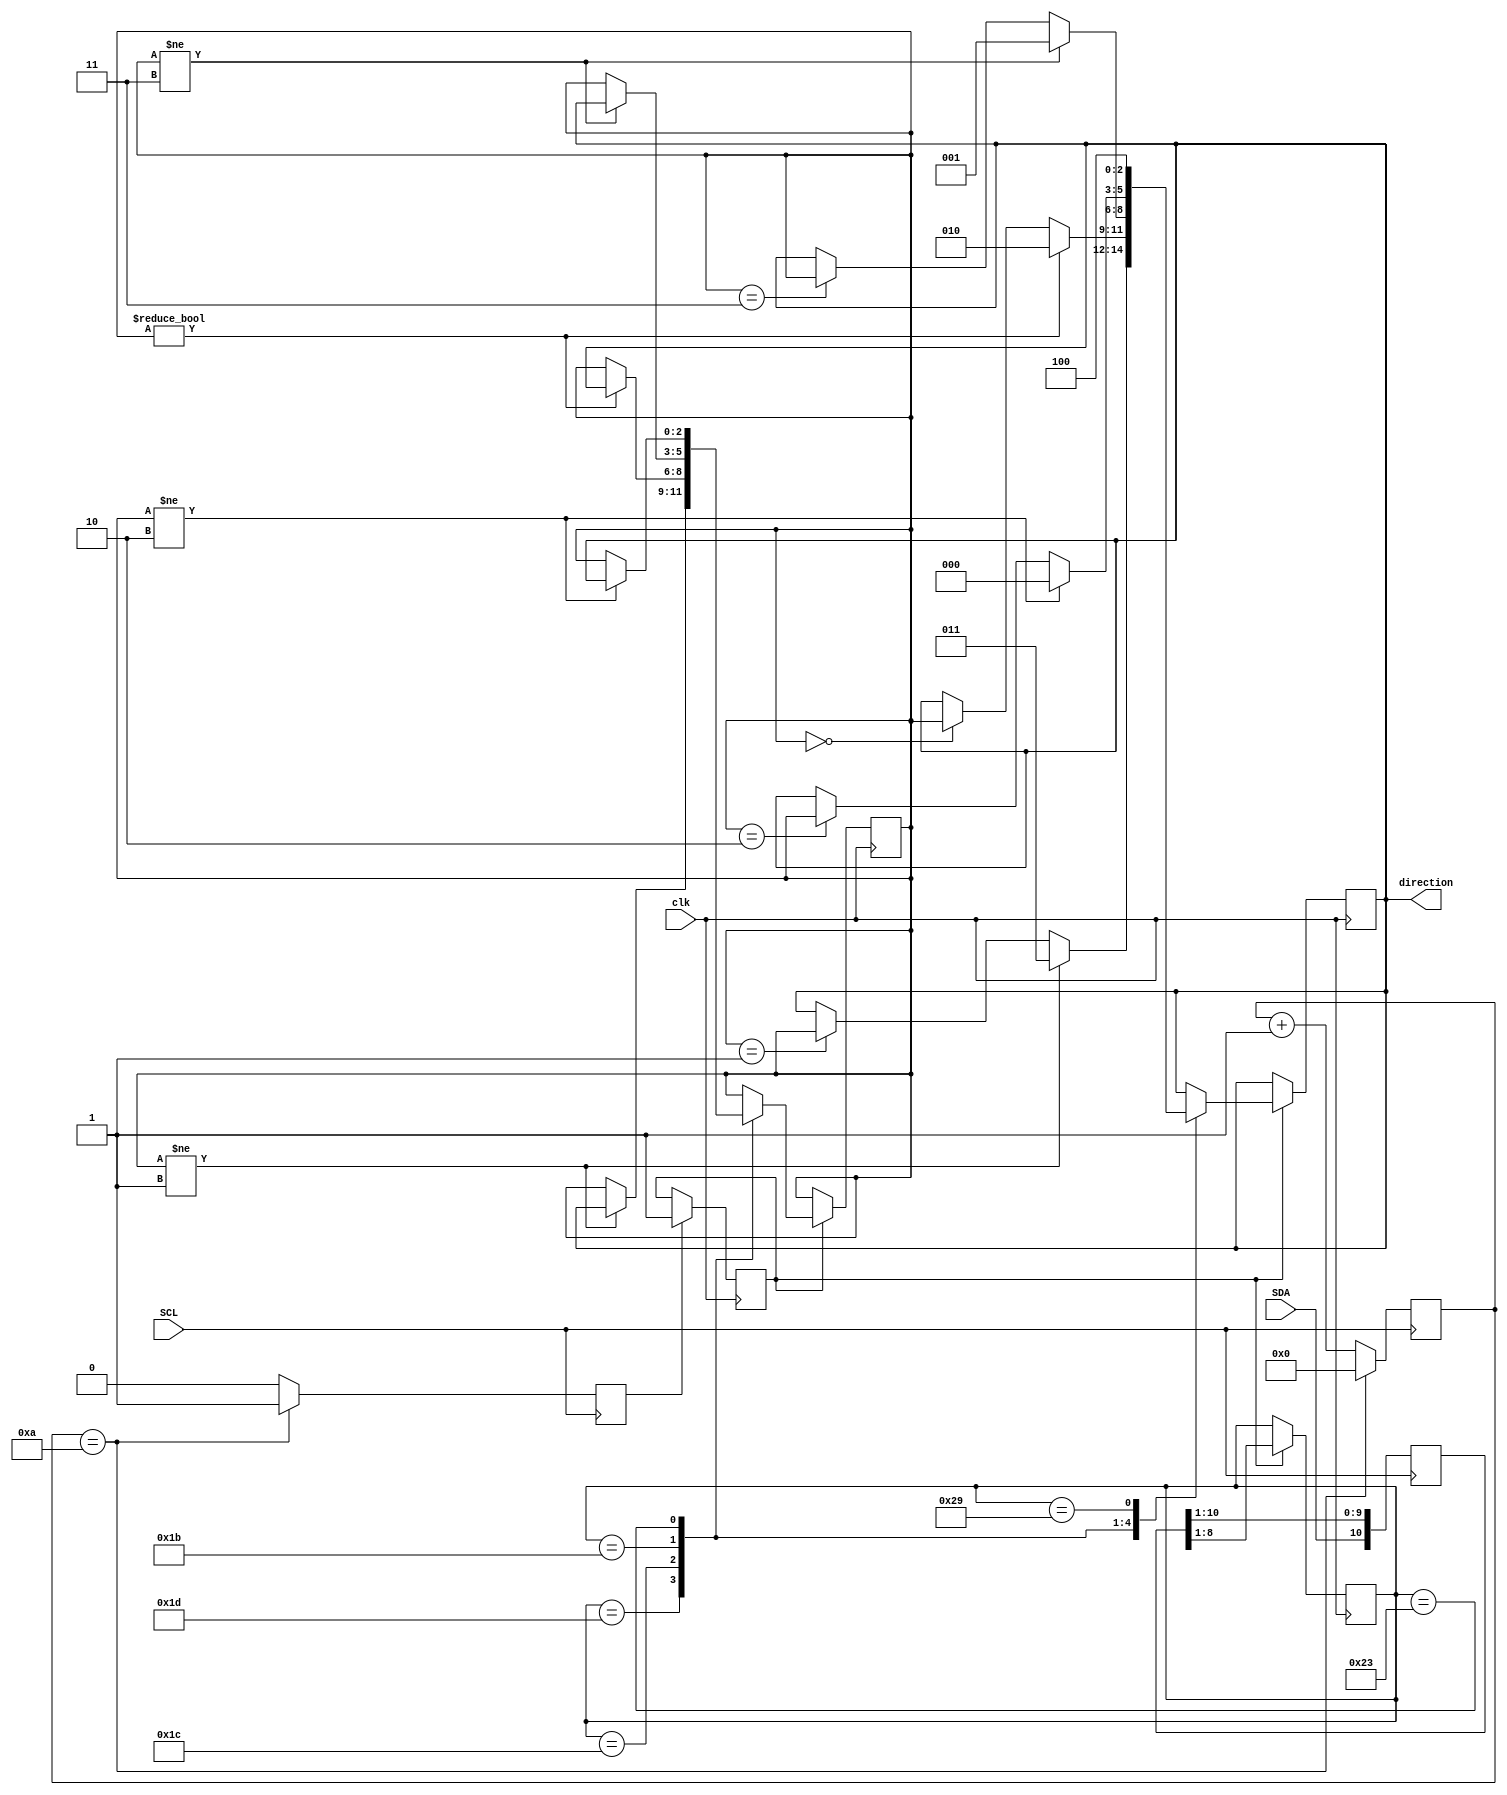
module modul_PS2 (input SCL,
						input SDA,
						input clk,
						output reg [2:0] direction);

						reg [10:0] data_out_reg;
						reg [2:0] last_direction;
						reg [7:0] data_out;
						reg [3:0] bit_counter;
						reg data_valid, data_ack;
						
						parameter w=3'b011,a=3'b010,s=3'b001,d=3'b000, rst=3'b100;
						
						initial
						begin
						
							direction=rst;
							last_direction=rst;
							
						end

						always@(negedge SCL)
						begin
							
							data_out_reg[10:0]<={SDA, data_out_reg[10:1]};
							
							if(bit_counter==10)
							begin
								
								data_ack<=1;
								bit_counter<=0;
								
							end
								
							else begin
							
								bit_counter<=bit_counter+1;
								data_ack<=0;
							
							end

						end
						

						always@(posedge clk)
						begin

							if(data_ack==1)
								data_valid<=1;

							if(data_valid)
							begin
							
								data_out<=data_out_reg[8:1];
							
								case(data_out)

								8'h1D:
								begin
								
									if(last_direction!=s)
									begin
									
										direction<=w;
										last_direction<=direction;
										
									end
									
									else if(last_direction==s)
									direction<=last_direction;
									
								end
								
								8'h1C:
								begin
								
									if(last_direction!=d)
									begin
									
										direction<=a;
										last_direction<=direction;
										
									end
									
									else if(last_direction==d)
									direction<=last_direction;
									
								end
								
								8'h1B:
								begin
								
									if(last_direction!=w)
									begin
									
										direction<=s;
										last_direction<=direction;
										
									end
									
									else if(last_direction==w)
									direction<=last_direction;
									
								end
								
								8'h23:
								begin
								
									if(last_direction!=a)
									begin
									
										direction<=d;
										last_direction<=direction;
										
									end
									
									else if(last_direction==a)
									direction<=last_direction;
									
								end
								
								8'h29: direction<=rst;
								
								default: direction<=direction; 

								endcase
							
							end
							
						end

endmodule